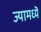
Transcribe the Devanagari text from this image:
ज्यामध्यॆ